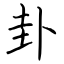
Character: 卦